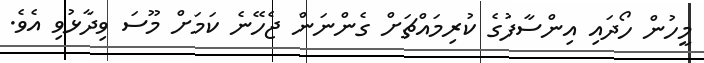
މީހުން ހޯދައި އިންސާފުގެ ކުރިމައްޗަށް ގެންނަން ޖެހޭނެ ކަމަށް މޫސަ ވިދާޅުވި އެވެ.